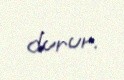
durur.